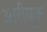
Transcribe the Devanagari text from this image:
आरीयुक्त